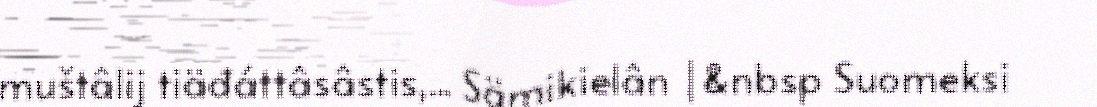
muštâlij tiäđáttâsâstis,... Sämikielân |&nbsp Suomeksi